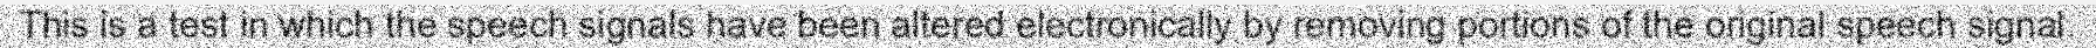
This is a test in which the speech signals have been altered electronically by removing portions of the original speech signal.